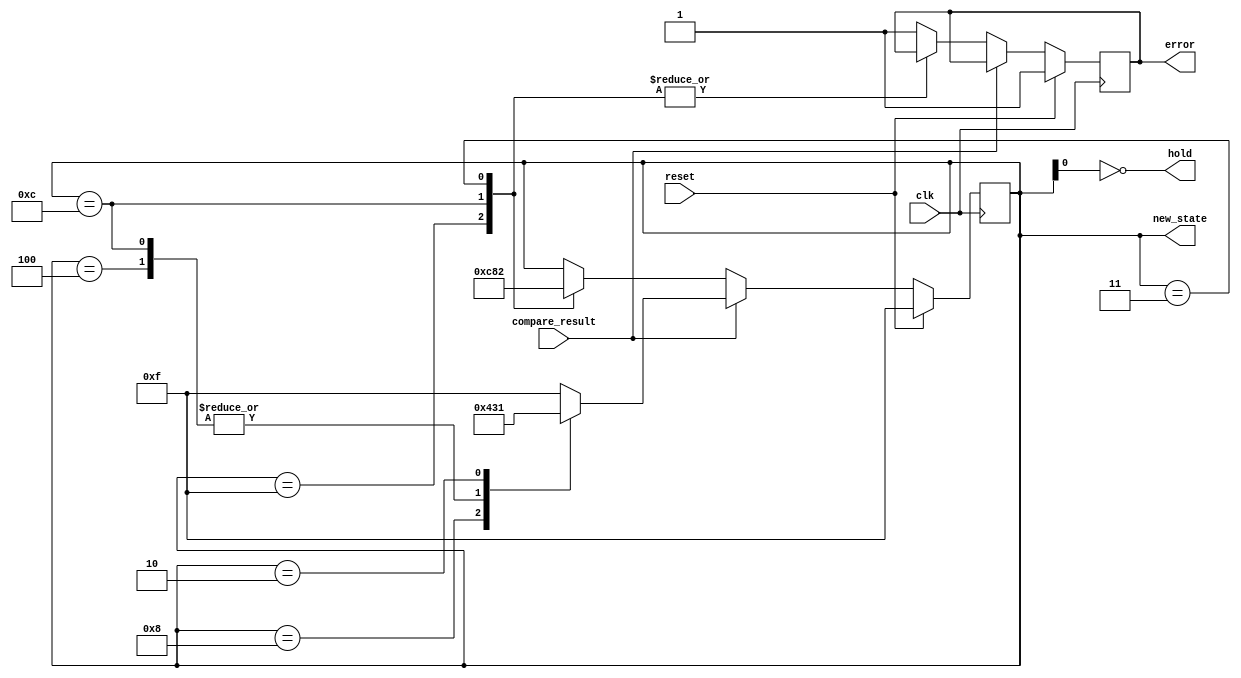
module  state_machine(input          clk,
                      input          reset,
                      input          compare_result,
                      output  [3:0]  new_state,
                      output         hold,
                      output         error);

reg [3:0] state;
reg error_state;

always @(posedge clk)
begin
  if(reset)
  begin
    state <= 4'b1111;
    error_state <= 1'b1;
  end
        
  else if (compare_result)
  begin
    case (state)
      4'b1111: state <= 4'b1111;
      4'b1100: state <= 4'b0011;
      4'b1000: state <= 4'b0100;
      4'b0100: state <= 4'b0011;
      4'b0011: state <= 4'b1111;
      4'b0010: state <= 4'b0001;
      4'b0001: state <= 4'b1111; 
      default: state <= 4'b1111;
    endcase
  end
        
  else
  begin
    case (state)
      4'b1111: state <= 4'b1100;
      4'b1100: state <= 4'b1000;
      4'b1000: error_state <= 1'b1;
      4'b0100: error_state <= 1'b1;
      4'b0011: state <= 4'b0010;
      4'b0010: error_state <= 1'b1;
      4'b0001: error_state <= 1'b1; 
      default: error_state <= 1'b1;
    endcase
  end     
end

assign new_state = state;
assign error = error_state;
assign hold  = !state[0];

endmodule